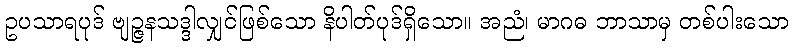
ဥပသာရပုဒ် ဗျဉ္ဇနသဒ္ဒါလျှင်ဖြစ်သော နိပါတ်ပုဒ်ရှိသော။ အညံ၊ မာဂဓ ဘာသာမှ တစ်ပါးသော